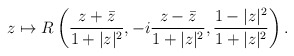
\begin{align*}z\mapsto R\left( \frac{z+\bar{z}}{1+|z|^{2}},-i\frac{z-\bar{z}}{1+|z|^{2}},\frac{1-|z|^{2}}{1+|z|^{2}}\right).\end{align*}